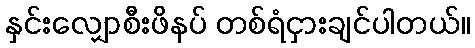
နှင်းလျှောစီးဖိနပ် တစ်ရံငှားချင်ပါတယ်။